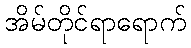
အိမ်တိုင်ရာရောက်